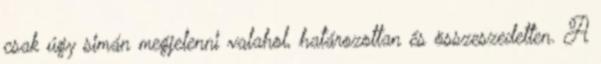
csak úgy simán megjelenni valahol, határozottan és összeszedetten. A